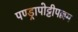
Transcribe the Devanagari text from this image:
पण्ड्रापोट्टीपल्लम